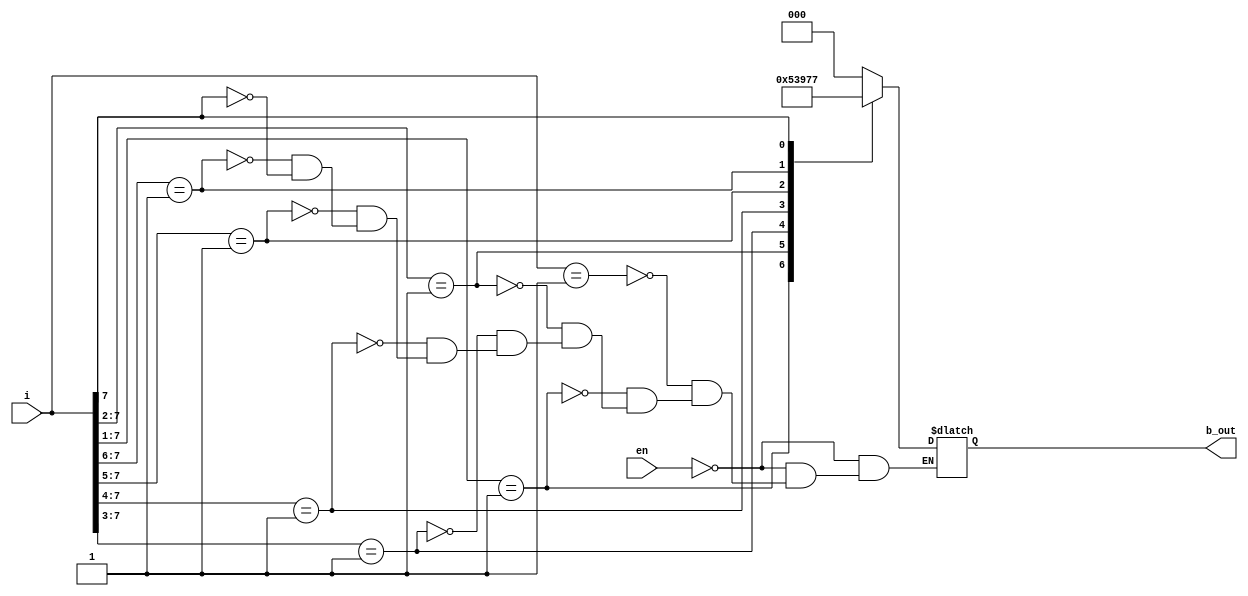
`timescale 1ns / 1ps
module encoder_8x3(b_out,i,en);
output reg[2:0]b_out;
input [7:0]i;
input en;
always @(*)
begin
if(en==1)
begin
b_out=3'bZZZ;
end
else
begin
casex(i)//use casex for don't care value
8'b00000001: b_out=3'b000;
8'b0000001X: b_out=3'b001;
8'b000001XX: b_out=3'b010;
8'b00001XXX: b_out=3'b011;
8'b0001XXXX: b_out=3'b100;
8'b001XXXXX: b_out=3'b101;
8'b01XXXXXX: b_out=3'b110;
8'b1XXXXXXX: b_out=3'b111;
endcase
end
end
endmodule